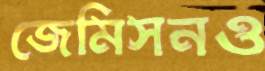
জেমিসনও